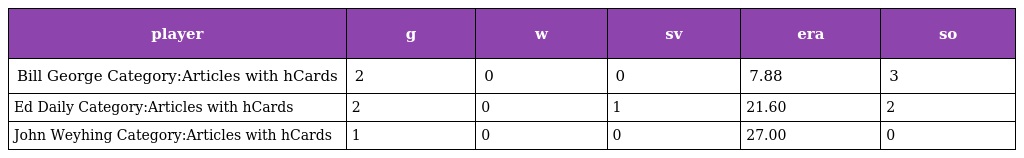
| player | g | w | sv | era | so |
 | --- | --- | --- | --- | --- | --- |
 | Bill George Category:Articles with hCards | 2 | 0 | 0 | 7.88 | 3 |
 | Ed Daily Category:Articles with hCards | 2 | 0 | 1 | 21.60 | 2 |
 | John Weyhing Category:Articles with hCards | 1 | 0 | 0 | 27.00 | 0 |